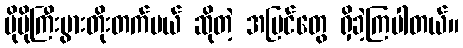
ပိုမိုကြီးပွားတိုးတက်မယ် ဆိုတဲ့ အမြင်တွေ ရှိခဲ့ကြပါတယ်။